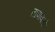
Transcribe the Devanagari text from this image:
तापवितो